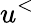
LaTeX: u^{<}